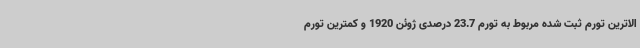
الاترین تورم ثبت شده مربوط به تورم 23.7 درصدی ژوئن 1920 و کمترین تورم